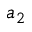
a _ { 2 }